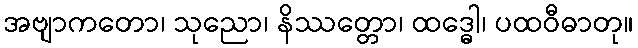
အဗျာကတော၊ သုညော၊ နိဿတ္တော၊ ထဒ္ဓေါ၊ ပထဝီဓာတု။